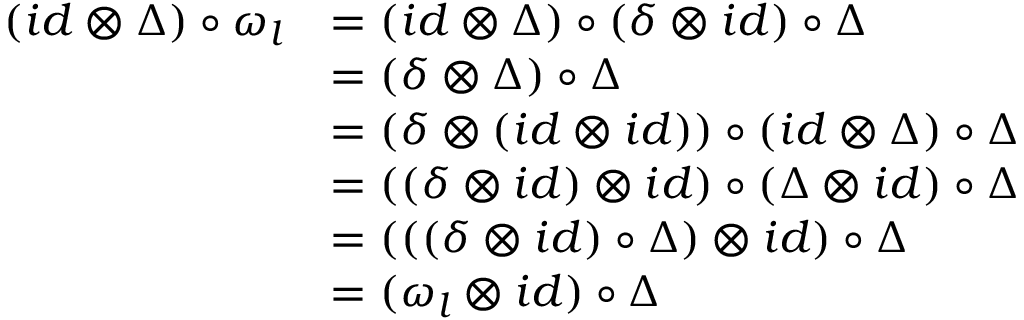
\begin{array} { r l } { ( i d \otimes \Delta ) \circ \omega _ { l } } & { = ( i d \otimes \Delta ) \circ ( \delta \otimes i d ) \circ \Delta } \\ & { = ( \delta \otimes \Delta ) \circ \Delta } \\ & { = ( \delta \otimes ( i d \otimes i d ) ) \circ ( i d \otimes \Delta ) \circ \Delta } \\ & { = ( ( \delta \otimes i d ) \otimes i d ) \circ ( \Delta \otimes i d ) \circ \Delta } \\ & { = ( ( ( \delta \otimes i d ) \circ \Delta ) \otimes i d ) \circ \Delta } \\ & { = ( \omega _ { l } \otimes i d ) \circ \Delta } \end{array}